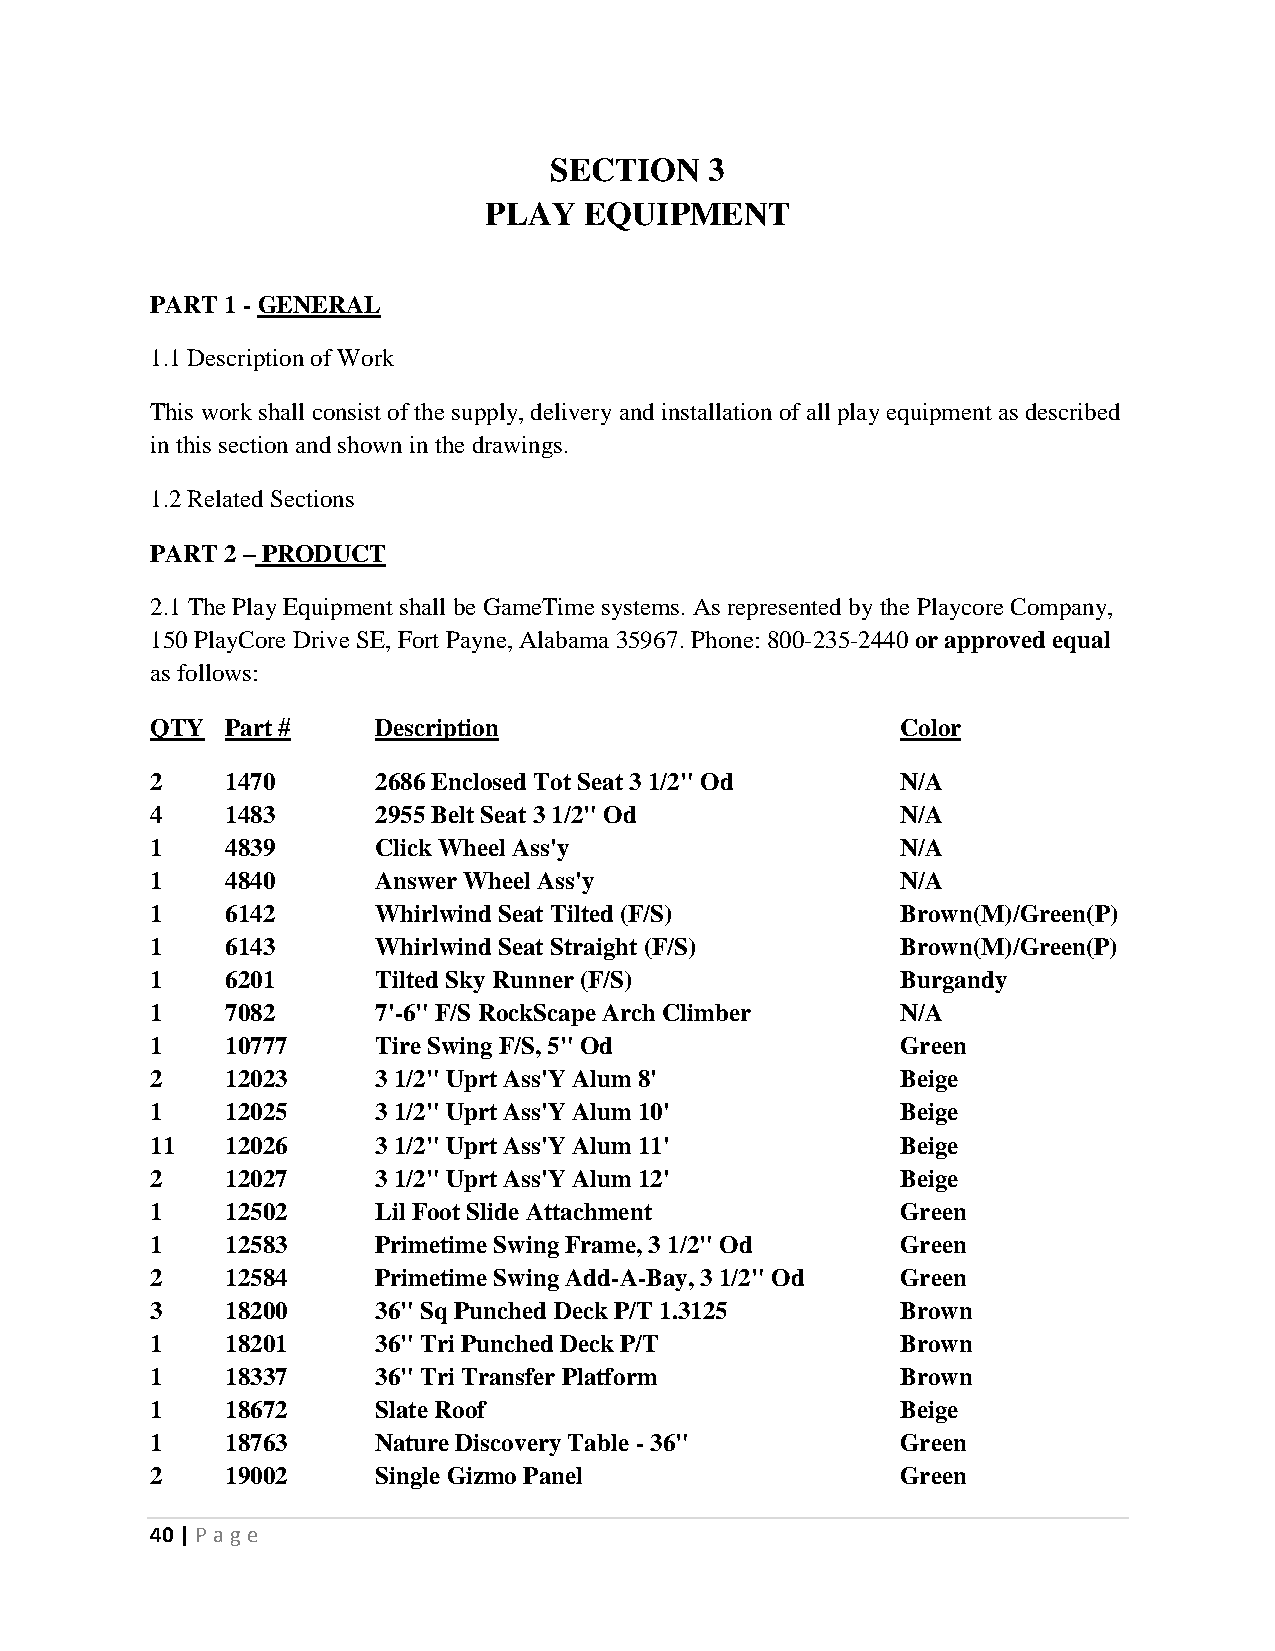
SECTION    3
 PLAY   EQUIPMENT
 PART 1 - GENERAL
 1.1 Description of Work
 This work shall consist of the supply, delivery and installation of all play equipment as described
 in this section and shown in the drawings.
 1.2 Related Sections
 PART 2 – PRODUCT
 2.1 The Play Equipment shall be GameTime systems. As represented by the Playcore Company,
 150 PlayCore Drive SE, Fort Payne, Alabama 35967. Phone: 800-235-2440 or approved equal
 as follows:
 QTY  Part #    Description                        Color
 2    1470      2686 Enclosed Tot Seat 3 1/2" Od   N/A
 4    1483      2955 Belt Seat 3 1/2" Od           N/A
 1    4839      Click Wheel Ass'y                  N/A
 1    4840      Answer Wheel Ass'y                 N/A
 1    6142      Whirlwind Seat Tilted (F/S)        Brown(M)/Green(P)
 1    6143      Whirlwind Seat Straight (F/S)      Brown(M)/Green(P)
 1    6201      Tilted Sky Runner (F/S)            Burgandy
 1    7082      7'-6" F/S RockScape Arch Climber   N/A
 1    10777     Tire Swing F/S, 5" Od              Green
 2    12023     3 1/2" Uprt Ass'Y Alum 8'          Beige
 1    12025     3 1/2" Uprt Ass'Y Alum 10'         Beige
 11   12026     3 1/2" Uprt Ass'Y Alum 11'         Beige
 2    12027     3 1/2" Uprt Ass'Y Alum 12'         Beige
 1    12502     Lil Foot Slide Attachment          Green
 1    12583     Primetime Swing Frame, 3 1/2" Od   Green
 2    12584     Primetime Swing Add-A-Bay, 3 1/2" Od Green
 3    18200     36" Sq Punched Deck P/T 1.3125     Brown
 1    18201     36" Tri Punched Deck P/T           Brown
 1    18337     36" Tri Transfer Platform          Brown
 1    18672     Slate Roof                         Beige
 1    18763     Nature Discovery Table - 36"       Green
 2    19002     Single Gizmo Panel                 Green
 40 | P age